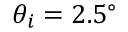
\theta _ { i } = 2 . 5 ^ { \circ }